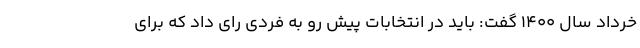
خرداد سال ۱۴۰۰ گفت: باید در انتخابات پیش رو به فردی رای داد که برای